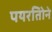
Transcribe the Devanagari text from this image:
पयरतिोने